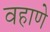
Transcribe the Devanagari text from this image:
वहाणे